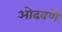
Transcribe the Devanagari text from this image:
ओढवणे